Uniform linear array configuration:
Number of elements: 64
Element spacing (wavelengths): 1
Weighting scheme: blackman
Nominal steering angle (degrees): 0
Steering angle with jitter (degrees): -1.506
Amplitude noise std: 0.05
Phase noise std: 0.05

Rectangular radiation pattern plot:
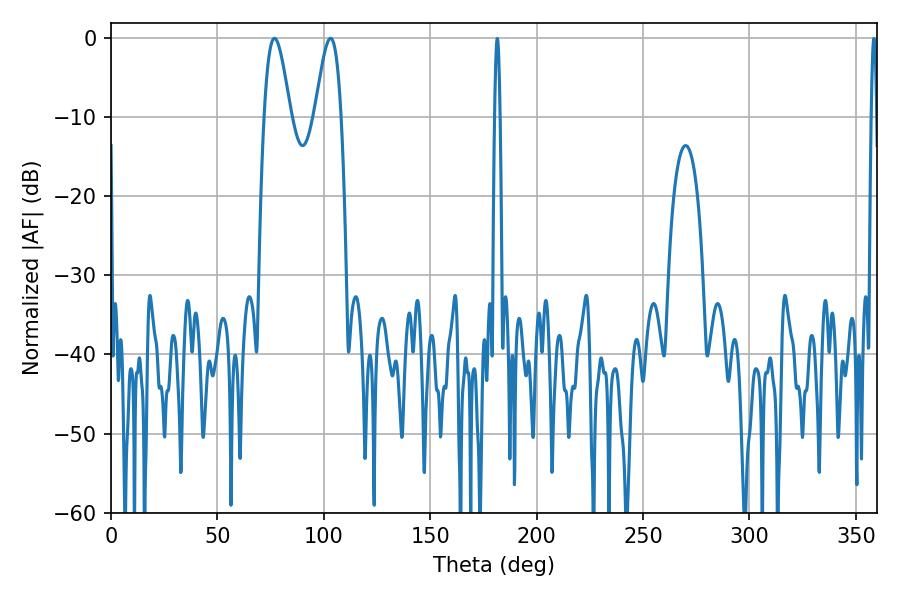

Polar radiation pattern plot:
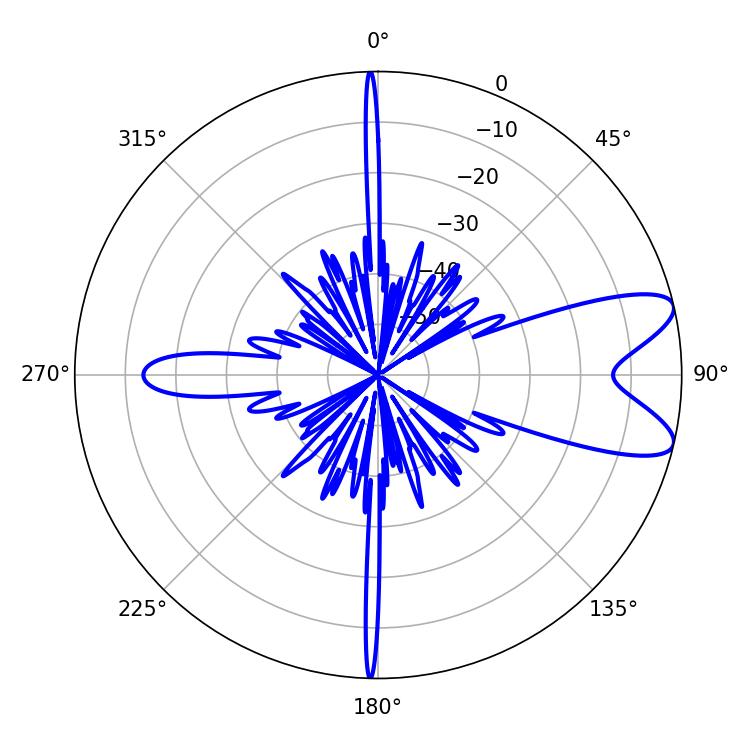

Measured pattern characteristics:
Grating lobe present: TRUE
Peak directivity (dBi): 9.059
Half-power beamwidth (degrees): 6.48
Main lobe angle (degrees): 76.86